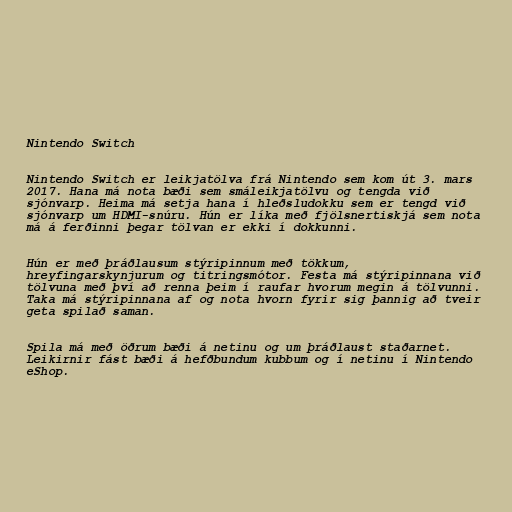
Nintendo Switch

Nintendo Switch er leikjatölva frá Nintendo sem kom út 3. mars
2017. Hana má nota bæði sem smáleikjatölvu og tengda við
sjónvarp. Heima má setja hana í hleðsludokku sem er tengd við
sjónvarp um HDMI-snúru. Hún er líka með fjölsnertiskjá sem nota
má á ferðinni þegar tölvan er ekki í dokkunni.

Hún er með þráðlausum stýripinnum með tökkum,
hreyfingarskynjurum og titringsmótor. Festa má stýripinnana við
tölvuna með því að renna þeim í raufar hvorum megin á tölvunni.
Taka má stýripinnana af og nota hvorn fyrir sig þannig að tveir
geta spilað saman.

Spila má með öðrum bæði á netinu og um þráðlaust staðarnet.
Leikirnir fást bæði á hefðbundum kubbum og í netinu í Nintendo
eShop.